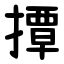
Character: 撢